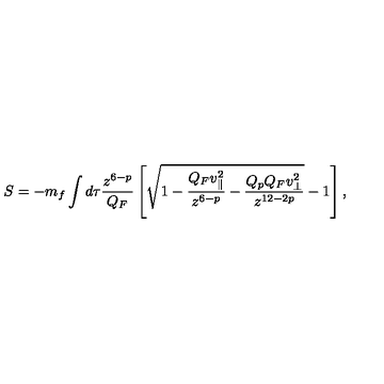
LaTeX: S = - m _ { f } \int d \tau { \frac { z ^ { 6 - p } } { Q _ { F } } } \left[ \sqrt { 1 - { \frac { Q _ { F } v _ { \parallel } ^ { 2 } } { z ^ { 6 - p } } } - { \frac { Q _ { p } Q _ { F } v _ { \perp } ^ { 2 } } { z ^ { 1 2 - 2 p } } } } - 1 \right] ,